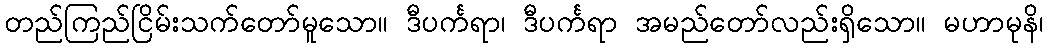
တည်ကြည်ငြိမ်းသက်တော်မူသော။ ဒီပင်္ကရာ၊ ဒီပင်္ကရာ အမည်တော်လည်းရှိသော။ မဟာမုနိ၊